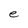
Character: e